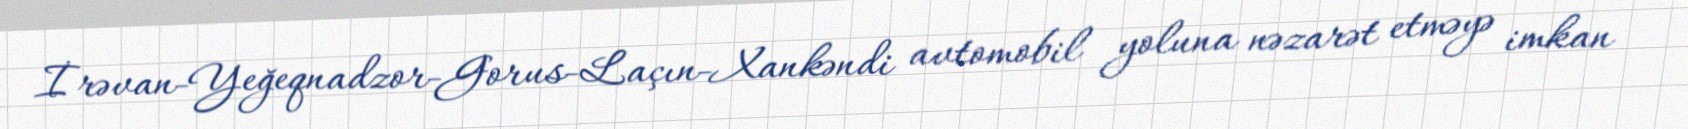
İrəvan-Yeğeqnadzor-Gorus-Laçın-Xankəndi avtomobil yoluna nəzarət etməyə imkan